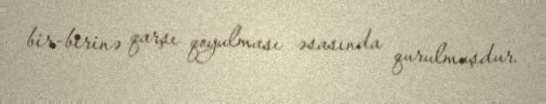
bir-birinə qarşı qoyulması əsasında qurulmuşdur.